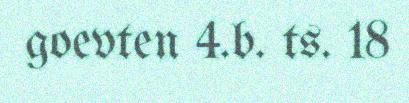
goevten 4.b. ts. 18